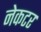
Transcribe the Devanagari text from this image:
नेकटर